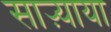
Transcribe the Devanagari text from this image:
साऱ्याया